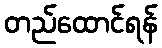
တည်ထောင်ရန်